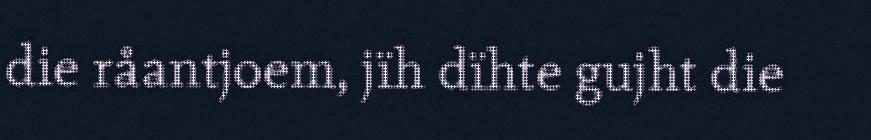
die råantjoem, jïh dïhte gujht die